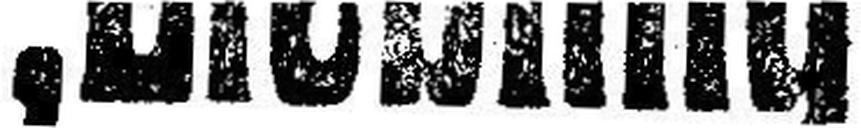
„Liebling“